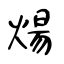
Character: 煬